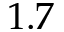
1 . 7